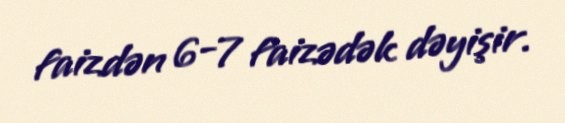
faizdən 6-7 faizədək dəyişir.